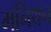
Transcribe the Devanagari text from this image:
मनिथन